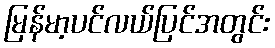
မြန်မာ့ပင်လယ်ပြင်အတွင်း